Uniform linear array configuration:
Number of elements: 16
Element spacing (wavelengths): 0.5
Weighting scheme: kaiser
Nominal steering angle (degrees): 15
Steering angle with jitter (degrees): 16.949
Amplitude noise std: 0.05
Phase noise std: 0.05

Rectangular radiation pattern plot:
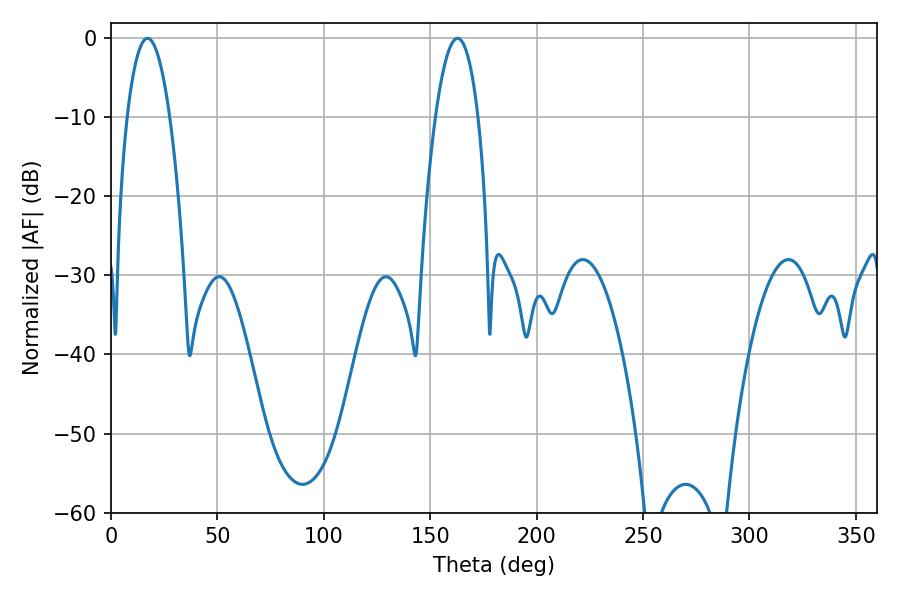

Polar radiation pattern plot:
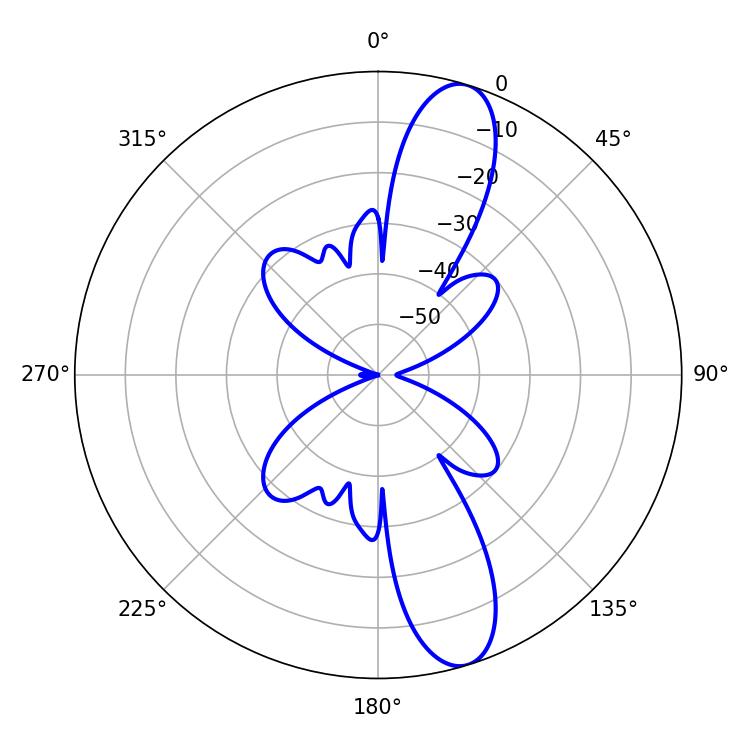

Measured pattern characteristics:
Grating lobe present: FALSE
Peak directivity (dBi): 12.109
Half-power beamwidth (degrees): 11.16
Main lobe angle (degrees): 17.1